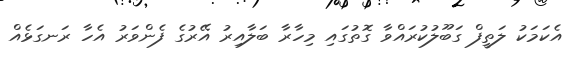
އެކަމަކު ލަތީފް ގަބޫލުކުރައްވާ ގޮތުގައި މިހާރާ ބަލާއިރު އޭރުގެ ފެންވަރު އެހާ ރަނގަޅެއް